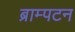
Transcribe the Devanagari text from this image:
ब्राम्पटन